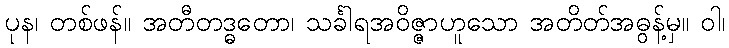
ပုန၊ တစ်ဖန်။ အတီတဒ္ဓတော၊ သင်္ခါရအဝိဇ္ဇာဟူသော အတိတ်အဓွန့်မှ။ ဝါ၊